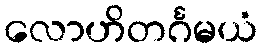
လောဟိတင်္ဂမယံ